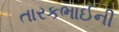
તારકભાઈની